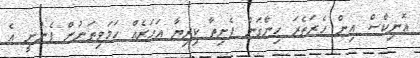
އޮނިކްސް އިން ހެރަތެރަ ހިންގަން ފެށިތާ ކިރިޔާ އަހަރެއް ހަމަވިތަނުން ފެނުނީ އެ